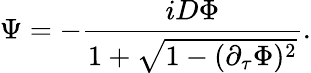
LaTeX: \Psi=-{\frac{iD\Phi}{1+\sqrt{1-(\partial_{\tau}\Phi)^{2}}}}.